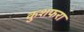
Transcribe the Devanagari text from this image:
कुशफरा